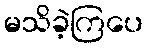
မသိခဲ့ကြပေ